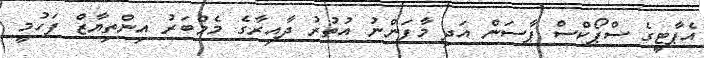
އެޕާޓީގެ ސްޕޯކްސް ޕާސަން އަދި މާފަންނު އުތުރު ދާއިރާގެ މެމްބަރު އިންތިޔާޒް ފަހުމީ